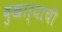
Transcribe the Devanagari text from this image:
बुखार्‍याची